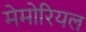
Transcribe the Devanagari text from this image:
मेमोरियल